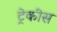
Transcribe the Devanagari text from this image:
ट्रेकीस